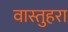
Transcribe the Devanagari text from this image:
वास्तुहरा